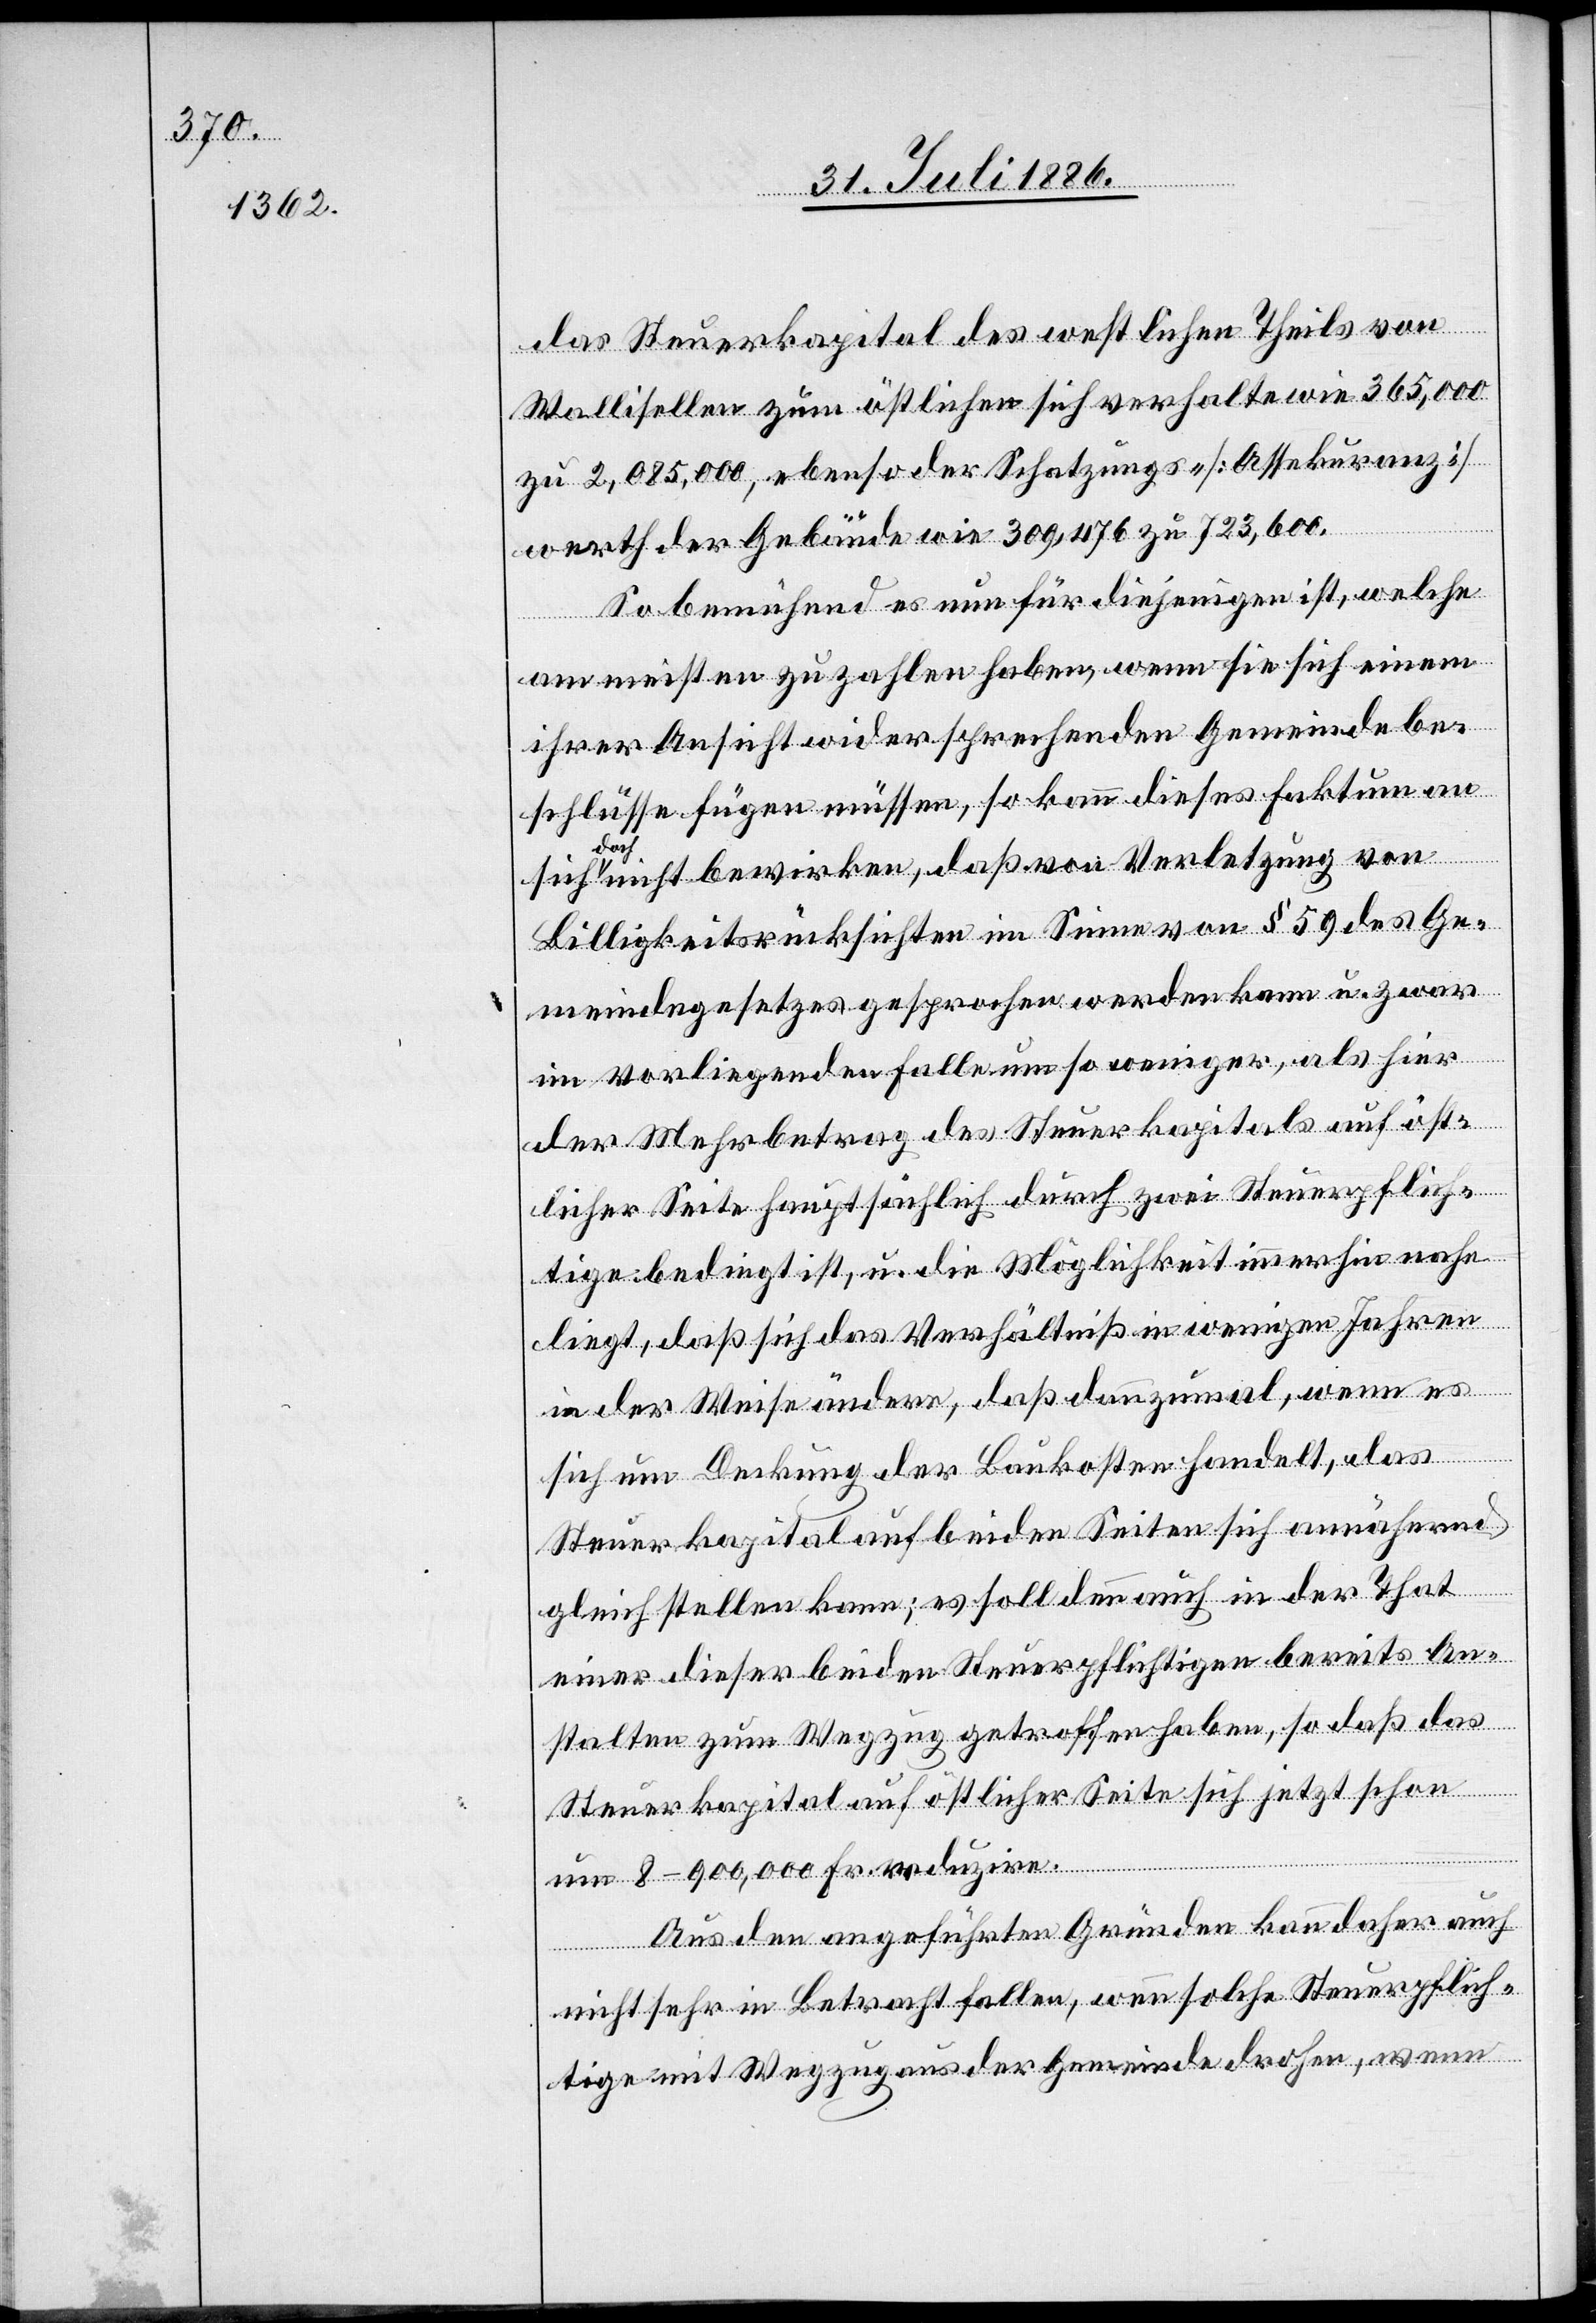
das Steuerkapital des westlichen Theils von
Wallisellen zum östlichen sich verhalte wie 365,000
zu 2,085,000, ebenso der Schatzungs- [Assekuranz-]w¬
erth der Gebäude wie 309,476 zu 723,600.
So bemühend es nun für diejenigen ist, welche
am meisten zu zahlen haben, wenn sie sich einem
ihrer Ansicht widersprechenden Gemeindebe¬
schlusse [sic!] fügen müssen, so kann dieses Faktum an
sich
doch nicht bewirken, daß von Verletzung von
Billigkeitsrücksichten im Sinne von § 59 des Ge¬
meindegesetzes gesprochen werden kann u. zwar
im vorliegenden Falle um so weniger, als hier
der Mehrbetrag des Steuerkapitals auf öst¬
licher Seite hauptsächlich durch zwei Steuerpflich¬
tige bedingt ist, u. die Möglichkeit immerhin nahe
liegt, daß sich das Verhältniß in wenigen Jahren
in der Weise ändere, daß dannzumal, wenn es
sich um Deckung der Baukosten handelt, das
Steuerkapital auf beiden Seiten sich annähernd
gleich stellen kann; es soll denn auch in der That
einer dieser beiden Steuerpflichtigen bereits An¬
stalten zum Wegzug getroffen haben, so daß das
Steuerkapital auf östlicher Seite sich jetzt schon
um 8–900,000 Fr. reduzire.
Aus den angeführten Gründen kann daher auch
nicht sehr in Betracht fallen, wenn solche Steuerpflich¬
tige mit Wegzug aus der Gemeinde drohen, wenn